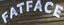
FATFACE